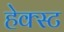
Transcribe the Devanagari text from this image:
हेक्स्ट